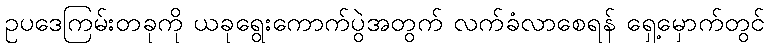
ဥပဒေကြမ်းတခုကို ယခုရွေးကောက်ပွဲအတွက် လက်ခံလာစေရန် ရှေ့မှောက်တွင်